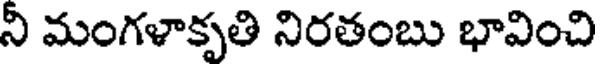
నీ మంగళాకృతి నిరతంబు భావించి